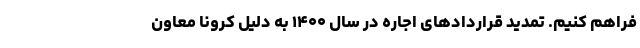
فراهم کنیم. تمدید قراردادهای اجاره در سال ۱۴۰۰ به دلیل کرونا معاون